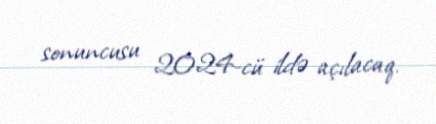
sonuncusu 2024-cü ildə açılacaq.